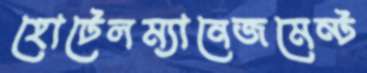
হোটেলম্যানেজমেন্ট